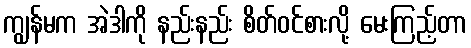
ကျွန်မက အဲဒါကို နည်းနည်း စိတ်ဝင်စားလို့ မေးကြည့်တာ